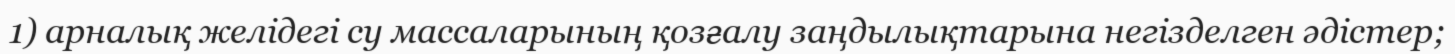
1) арналық желідегі су массаларының қозғалу заңдылықтарына негізделген әдістер;